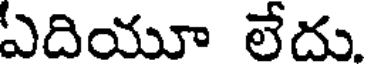
ఏదియూ లేదు.